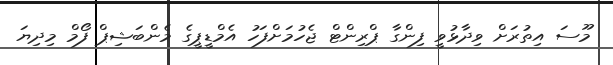
މޫސަ އިތުރަށް ވިދާޅުވީ ފިންގާ ޕްރިންޓް ޖެހުމަށްފަހު އެމްޑީޕީގެ މެންބަޝިޕް ފޯމް މިދިޔަ